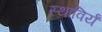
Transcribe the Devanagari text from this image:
स्थाविर्यं